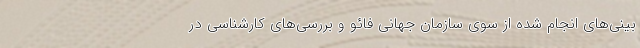
بینی‌های انجام شده از سوی سازمان جهانی فائو و بررسی‌های کارشناسی در